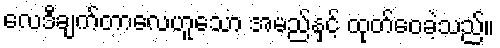
လေဒီချက်တာလေဟူသော အမည်နှင့် ထုတ်ဝေခဲ့သည်။